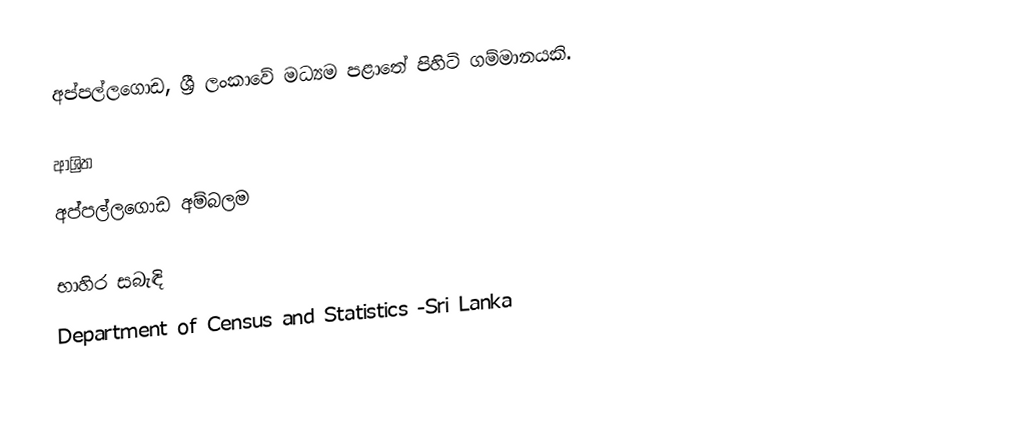
අප්පල්ලගොඩ, ශ්‍රී ලංකාවේ මධ්‍යම පළාතේ පිහිටි ගම්මානයකි.

ආශ්‍රිත
 අප්පල්ලගොඩ අම්බලම

භාහිර සබැඳි
Department of Census and Statistics -Sri Lanka